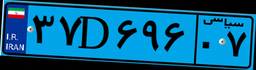
۵۸D۵۹۵۹۹